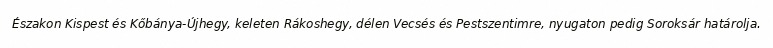
Északon Kispest és Kőbánya-Újhegy, keleten Rákoshegy, délen Vecsés és Pestszentimre, nyugaton pedig Soroksár határolja.